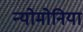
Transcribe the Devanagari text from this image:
न्योमोनिया